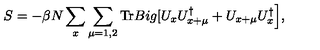
S = - \beta N \sum _ { x } \sum _ { \mu = 1 , 2 } \mathrm { T r } B i g [ U _ { x } U _ { x + \mu } ^ { \dag } + U _ { x + \mu } U _ { x } ^ { \dag } \Big ] ,